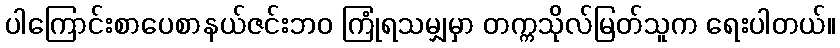
ပါကြောင်းစာပေစာနယ်ဇင်းဘဝ ကြုံရသမျှမှာ တက္ကသိုလ်မြတ်သူက ရေးပါတယ်။